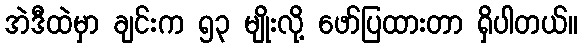
အဲဒီထဲမှာ ချင်းက ၅၃ မျိုးလို့ ဖော်ပြထားတာ ရှိပါတယ်။